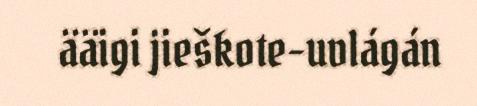
ääigi jieškote-uvlágán